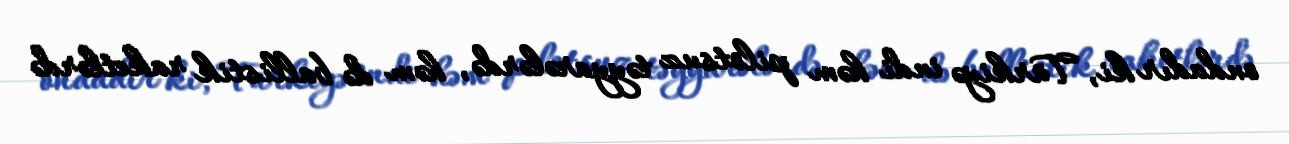
ondadır ki, Türkiyə indi həm pilotsuz təyyarələrdə, həm də ballistik raketlərdə